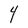
Character: Y